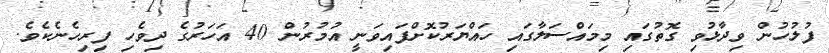
ފުލުހުން ވިދާޅުވި ގޮތުގައި މިމައްސަލާގައި ހައްޔަރުކޮށްފައިވަނީ އުމުރުން 40 އަހަރުގެ ދިވެހި ފިރިހެނެކެވެ.